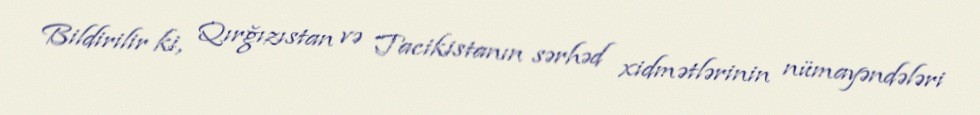
Bildirilir ki, Qırğızıstan və Tacikistanın sərhəd xidmətlərinin nümayəndələri